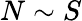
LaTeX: N\sim S